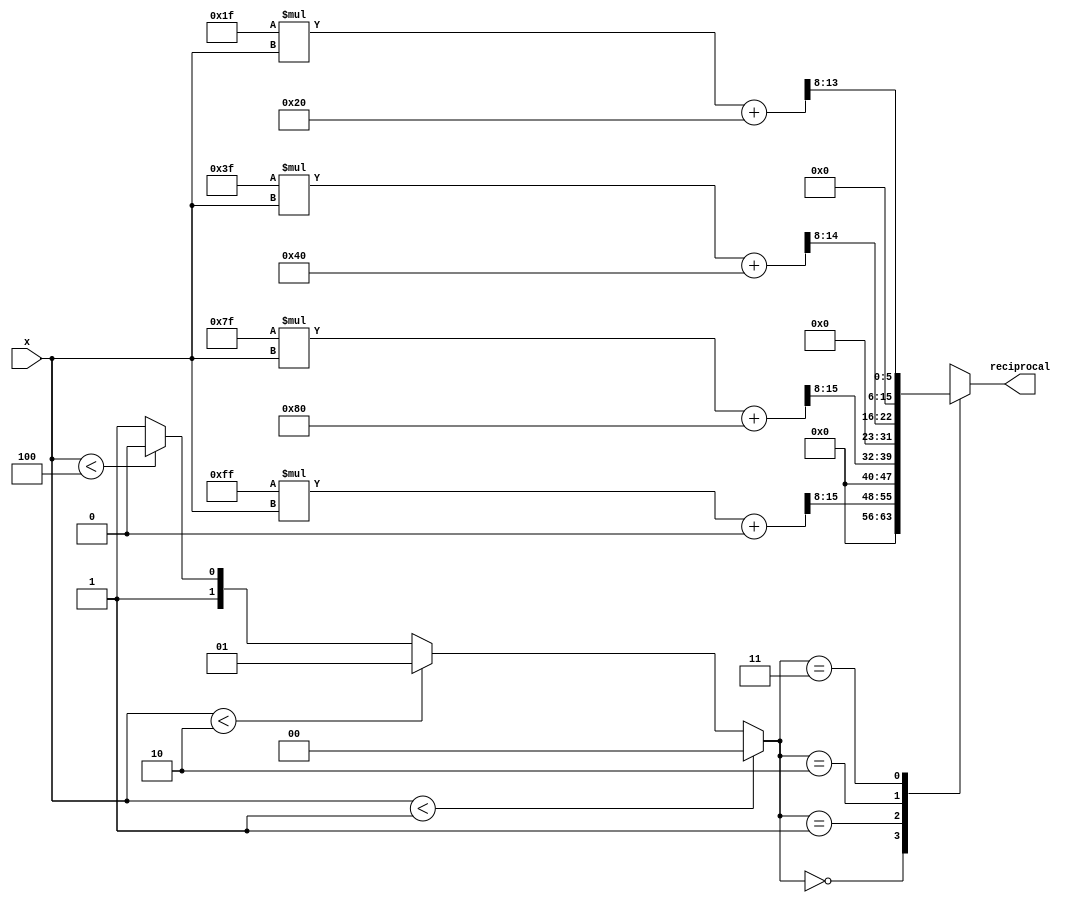
module PLAR (
    input wire [7:0] x, // 8-bit input representing a positive real number
    output reg [15:0] reciprocal // 16-bit output for the approximate reciprocal
);

// Define the segments and their linear coefficients
// Assuming segments are [0, 1], [1, 2], [2, 4], [4, 8], etc.
// Coefficients (m, b) for each segment
parameter M0 = 8'hFF; // m for segment [0, 1]
parameter B0 = 8'h00; // b for segment [0, 1]

parameter M1 = 8'h7F; // m for segment [1, 2]
parameter B1 = 8'h80; // b for segment [1, 2]

parameter M2 = 8'h3F; // m for segment [2, 4]
parameter B2 = 8'h40; // b for segment [2, 4]

parameter M3 = 8'h1F; // m for segment [4, 8]
parameter B3 = 8'h20; // b for segment [4, 8]

// Segment selection logic
wire [1:0] segment;
assign segment = (x < 8'd1) ? 2'b00 :
                 (x < 8'd2) ? 2'b01 :
                 (x < 8'd4) ? 2'b10 :
                 (x < 8'd8) ? 2'b11 : 2'b11; // Default to last segment

// Output calculation based on selected segment
always @(*) begin
    case (segment)
        2'b00: begin // Segment [0, 1]
            reciprocal = (M0 * x + B0) >> 8; // Adjusting for fixed-point
        end
        2'b01: begin // Segment [1, 2]
            reciprocal = (M1 * x + B1) >> 8; // Adjusting for fixed-point
        end
        2'b10: begin // Segment [2, 4]
            reciprocal = (M2 * x + B2) >> 8; // Adjusting for fixed-point
        end
        2'b11: begin // Segment [4, 8] and above
            reciprocal = (M3 * x + B3) >> 8; // Adjusting for fixed-point
        end
        default: begin
            reciprocal = 16'hFFFF; // Error case for out of range
        end
    endcase
end

endmodule